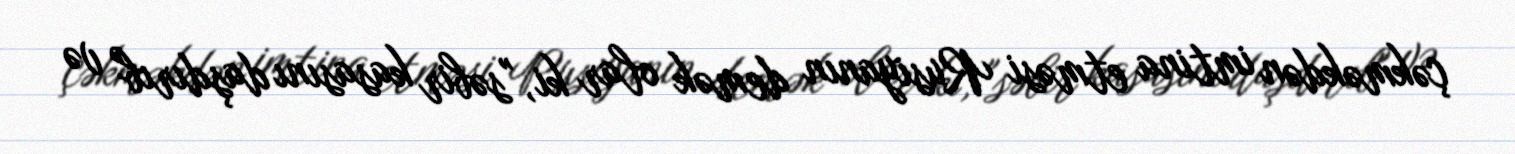
çəkməkdən imtina etməsi Rusiyanın demək olar ki, "səbir kasasını daşdırıb" və